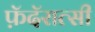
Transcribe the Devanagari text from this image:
फ़ॅदॅरात्सी